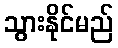
သွားနိုင်မည်